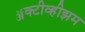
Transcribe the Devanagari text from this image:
ॲक्टीव्हीझम